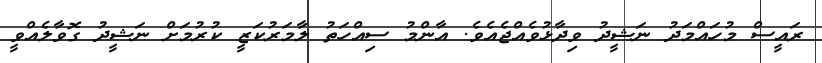
ރައީސް މުހައްމަދު ނަޝީދު ވިދާޅުވެއްޖެއެވެ. އާންމު ސިއްހަތު ލާމަރުކަޒީ ކުރުމަށް ނަޝީދު ގޮވާލެއްވީ